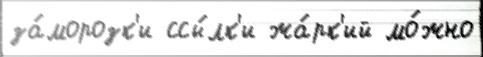
за́морозк'и ссы́лк'и жа́рк'ий мо́жно